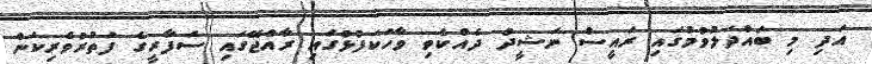
އަދި މި ބައްދަލުވުމުގައި ރައީސް ނަޝީދު ދެއްކެވި ވާހަކަފުޅުގައި ރާއްޖޭގައި ސަފާރީގެ ފަތުރުވެރިކަން